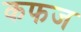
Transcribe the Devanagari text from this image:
कफज